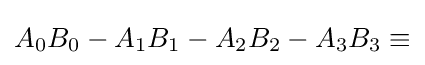
A_{0}B_{0}-A_{1}B_{1}-A_{2}B_{2}-A_{3}B_{3}\equiv